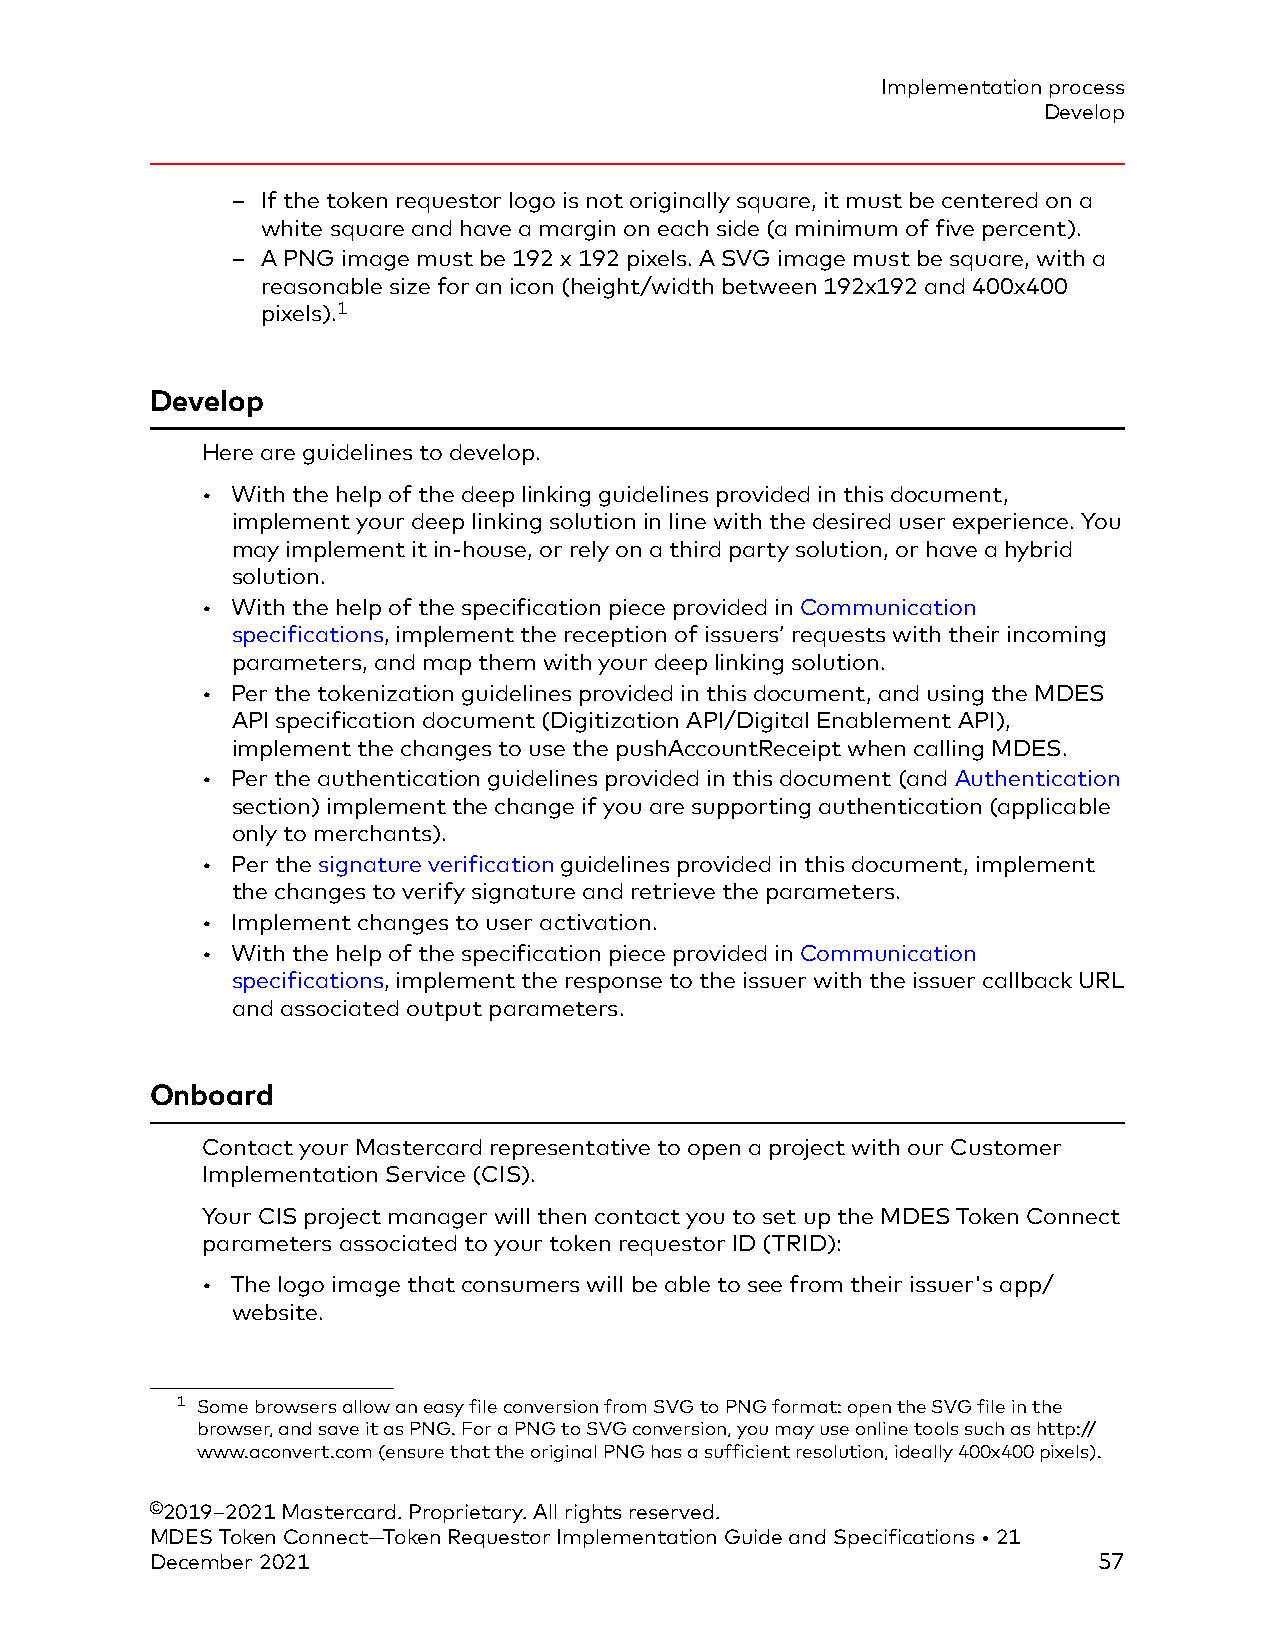
Implementation process
 Develop
 – If the token requestor logo is not originally square, it must be centered on a
 white square and have a margin on each side (a minimum of five percent).
 – A PNG image must be 192 x 192 pixels. A SVG image must be square, with a
 reasonable size for an icon (height/width between 192x192 and 400x400
 pixels).1
 Develop
 Here are guidelines to develop.
 • With the help of the deep linking guidelines provided in this document,
 implement your deep linking solution in line with the desired user experience. You
 may implement it in-house, or rely on a third party solution, or have a hybrid
 solution.
 • With the help of the specification piece provided in Communication
 specifications, implement the reception of issuers’ requests with their incoming
 parameters, and map them with your deep linking solution.
 • Per the tokenization guidelines provided in this document, and using the MDES
 API specification document (Digitization API/Digital Enablement API),
 implement the changes to use the pushAccountReceipt when calling MDES.
 • Per the authentication guidelines provided in this document (and Authentication
 section) implement the change if you are supporting authentication (applicable
 only to merchants).
 • Per the signature verification guidelines provided in this document, implement
 the changes to verify signature and retrieve the parameters.
 • Implement changes to user activation.
 • With the help of the specification piece provided in Communication
 specifications, implement the response to the issuer with the issuer callback URL
 and associated output parameters.
 Onboard
 Contact your Mastercard representative to open a project with our Customer
 Implementation Service (CIS).
 Your CIS project manager will then contact you to set up the MDES Token Connect
 parameters associated to your token requestor ID (TRID):
 • The logo image that consumers will be able to see from their issuer's app/
 website.
 1 Some browsers allow an easy file conversion from SVG to PNG format: open the SVG file in the
 browser, and save it as PNG. For a PNG to SVG conversion, you may use online tools such as http://
 www.aconvert.com (ensure that the original PNG has a sufficient resolution, ideally 400x400 pixels).
 ©2019–2021 Mastercard. Proprietary. All rights reserved.
 MDES Token Connect—Token Requestor Implementation Guide and Specifications • 21
 December 2021                                                  57